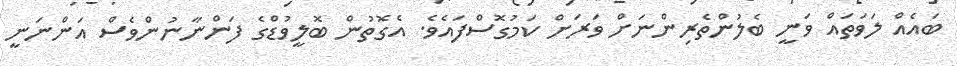
ބައެއް ލަވަތައް ވަނީ ބެލުންތެރިންނަށް ވަރަށް ކަމުގޮސްފައެވެ. އެގޮތުން ބޮލީވުޑްގެ ފަންނާނުންވެސް އަންނަނީ